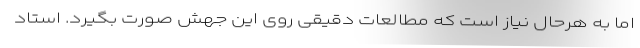
اما به هرحال نیاز است که مطالعات دقیقی روی این جهش صورت بگیرد. استاد